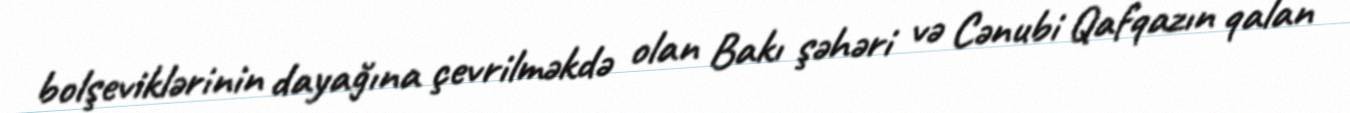
bolşeviklərinin dayağına çevrilməkdə olan Bakı şəhəri və Cənubi Qafqazın qalan